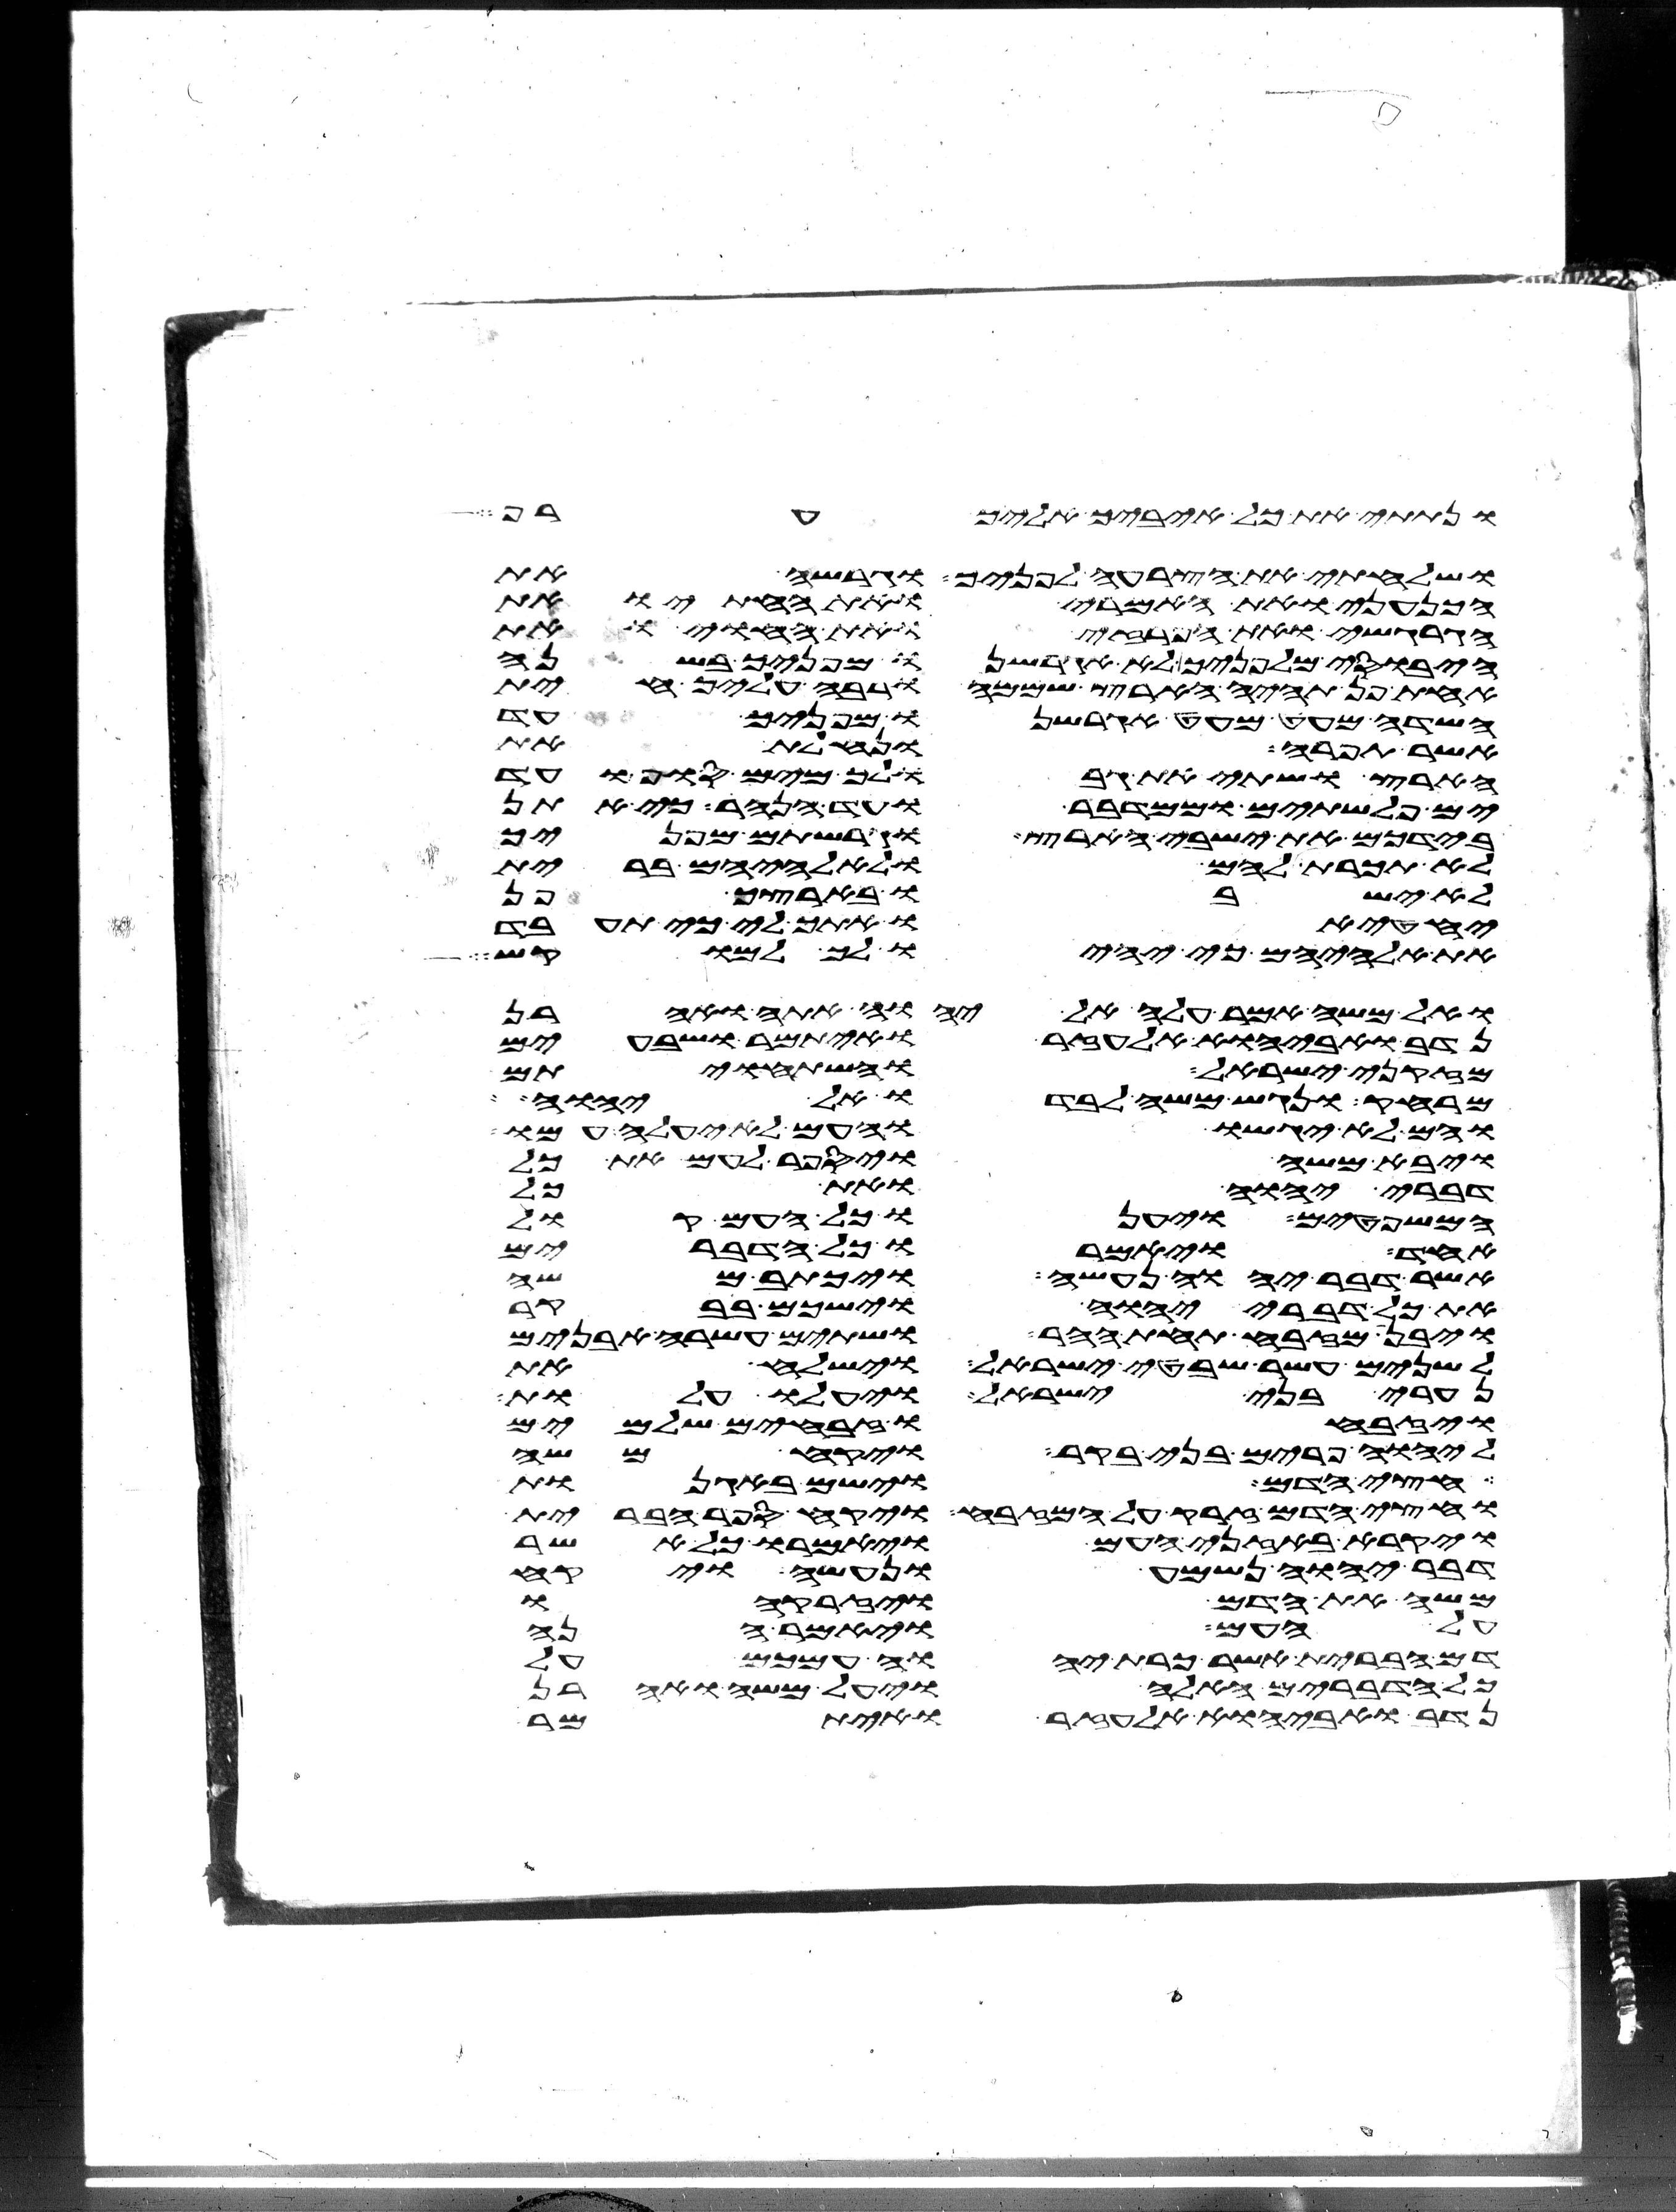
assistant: ונתתי את כל איביך אליך ערף
ושלחתי את הצרעה לפניך וגרשה את
הכנעני ואת האמרי ואת החתי ואת
הגרגשי ואת הפרזי ואת החוי ואת
היבוסי מלפניך לא אגרשנו מפניך בשנה
אחת פן תהיה הארץ שממה ורבה עליך חית
השדה מעט מעט אגרשנו מפניך עד
אשר תפרה ונחלת את
הארץ ושתי את גבולך מים סוף ועד
ים פלשתים וממדבר עד הנהר כי אתן
בידכם את ישבי הארץ וגרשתים מפניך
לא תכרת להם ולאלהיהם ברית
לא ישבו בארצך פן
יחטיאו אתך לי כי תעבד
את אלהיהם כי יהיו לך למוקש
ואל משה אמר עלה אל יהוה אתה ואהרן
נדב ואביהוא אלעזר ואיתמר ושבעים
מזקני ישראל והשתחויתם
מרחק ונגש משה לבדו אל יהוה
והם לא יגשו והעם לא יעלה עמו
ויבא משה ויספר לעם את כל
דברי יהוה ואת כל
המשפטים ויענו כל העם קול
אחד ויאמרו כל הדברים
אשר דבר יהוה נעשה ויכתב משה
את כל דברי יהוה וישכם בבקר
ויבן מזבח תחת ההר ושתים עשרה אבנים
לשנים עשר שבטי ישראל וישלח את
נערי בני ישראל ויעלו עלות
ויזבחו זבחים שלמים
ליהוה פרים בני בקר ויקח משה
חצי הדם וישם באגנות
וחצי הדם זרק על המזבח ויקח ספר הברית
ויקרא באזני העם ויאמרו כל אשר
דבר יהוה נשמע ונעשה ויקח
משה את הדם ויזרקהו
על העם ויאמר הנה
דם הברית אשר כרת יהוה עמכם על
כל הדברים האלה ויעל משה ואהרן
נדב ואביהוא אלעזר ואיתמר